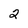
Character: 2